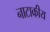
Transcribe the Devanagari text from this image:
नाटाकीय